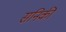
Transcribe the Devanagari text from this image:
सनिकी